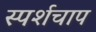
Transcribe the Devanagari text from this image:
स्पर्शचाप